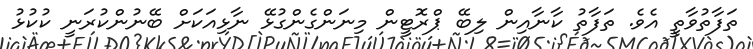
ތަފާތުވާތީ އެވެ. ތަފާތު ކާނާއިން ލިބޭ ޕްރޮޓީން މިނަންގެންގުޅޭ ނާޅިއަކަށް ބޭނުންކުރަނީ ކުކުޅު